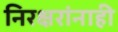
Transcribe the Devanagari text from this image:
निरक्षरांनाही